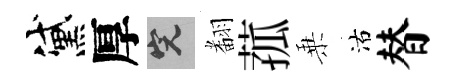
黛厚完𮋒菰乗沽替